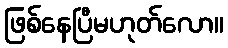
ဖြစ်နေပြီမဟုတ်လော။